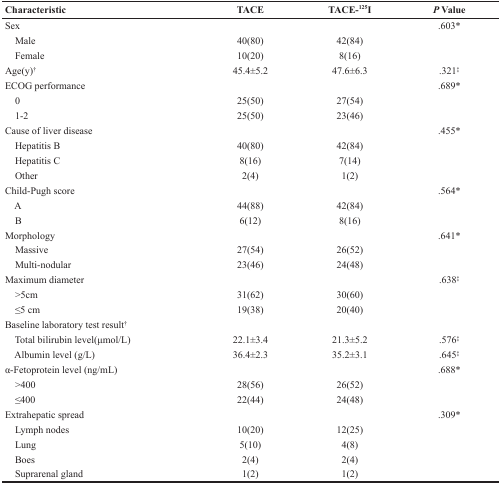
| Characteristic | TACE | TACE-125I | P Value |
 | --- | --- | --- | --- |
 | Sex |  |  | .603* |
 | Male | 40(80) | 42(84) |  |
 | Female | 10(20) | 8(16) |  |
 | Age(y)† | 45.4±5.2 | 47.6±6.3 | .321‡ |
 | ECOG performance |  |  | .689* |
 | 0 | 25(50) | 27(54) |  |
 | 1-2 | 25(50) | 23(46) |  |
 | Cause of liver disease |  |  | .455* |
 | Hepatitis B | 40(80) | 42(84) |  |
 | Hepatitis C | 8(16) | 7(14) |  |
 | Other | 2(4) | 1(2) |  |
 | Child-Pugh score |  |  | .564* |
 | A | 44(88) | 42(84) |  |
 | B | 6(12) | 8(16) |  |
 | Morphology |  |  | .641* |
 | Massive | 27(54) | 26(52) |  |
 | Multi-nodular | 23(46) | 24(48) |  |
 | Maximum diameter |  |  | .638‡ |
 | >5cm | 31(62) | 30(60) |  |
 | ≤5 cm | 19(38) | 20(40) |  |
 | Baseline laboratory test result† |  |  |  |
 | Total bilirubin level(μmol/L) | 22.1±3.4 | 21.3±5.2 | .576‡ |
 | Albumin level (g/L) | 36.4±2.3 | 35.2±3.1 | .645‡ |
 | α-Fetoprotein level (ng/mL) |  |  | .688* |
 | >400 | 28(56) | 26(52) |  |
 | ≤400 | 22(44) | 24(48) |  |
 | Extrahepatic spread |  |  | .309* |
 | Lymph nodes | 10(20) | 12(25) |  |
 | Lung | 5(10) | 4(8) |  |
 | Boes | 2(4) | 2(4) |  |
 | Suprarenal gland | 1(2) | 1(2) |  |